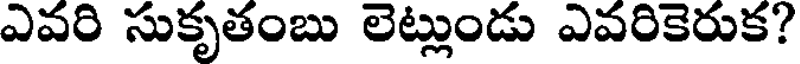
ఎవరి సుకృతంబు లెట్లుండు ఎవరికెరుక?